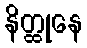
နိတ္ထုနေ